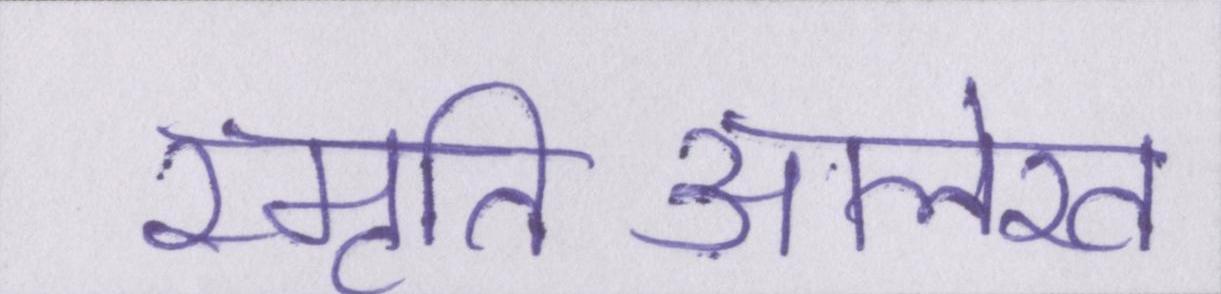
स्मृतिआलेख